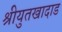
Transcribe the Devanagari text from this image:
श्रीयुतखादाड